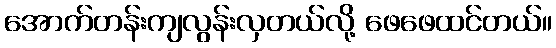
အောက်တန်းကျလွန်းလှတယ်လို့ ဖေဖေထင်တယ်။